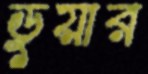
ডুয়ার